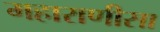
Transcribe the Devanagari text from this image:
महाराणीसा